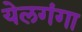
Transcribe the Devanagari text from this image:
येलगंगा